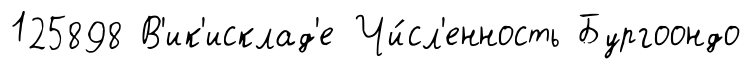
125898 В'ик'исклад'е Чи́сл'енность Бургоондо